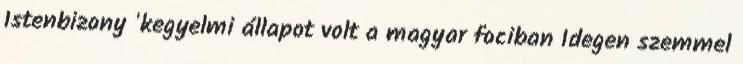
Istenbizony 'kegyelmi állapot volt a magyar fociban Idegen szemmel